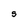
Character: S